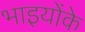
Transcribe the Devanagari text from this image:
भाइयोंके